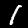
Digit: 1